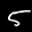
Label: 5